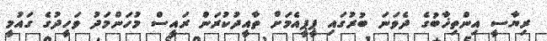
ރިޔާސީ އިންތިޚާބުގެ ދެވަނަ ބުރުގައި ޕީޕީއެމަށް ތާއީދުކުރަން ރައީސް މުހަންމަދު ވަހީދުގެ ގައުމީ